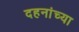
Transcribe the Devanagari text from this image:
दहनांच्या